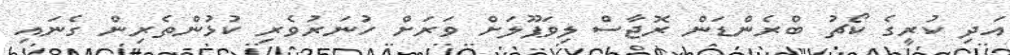
އަދި ކުރީގެ ކޯޗު ބްރެންޑަން ރޮޖާސް ލިވަޕޫލަށް ވަރަށް ހުނަރުވެރި ކުޅުންތެރިން ގެނައި